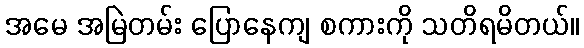
အမေ အမြဲတမ်း ပြောနေကျ စကားကို သတိရမိတယ်။